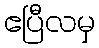
ဧပြီလမှ